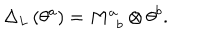
\Delta _ { L } \left( \theta ^ { a } \right) = M _ { \, \, \, b } ^ { a } \otimes \theta ^ { b } .